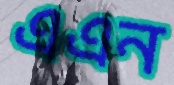
এএন